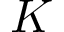
K